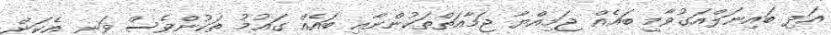
އަދި ބައިނަލްއަގުވާމީ ބައެއް ޖަމިއްޔާ ޖަމާއަތްތަކުންނާއި ބައެއް ގައުމު ތަކުންވެސް ވަނީ އެކަން